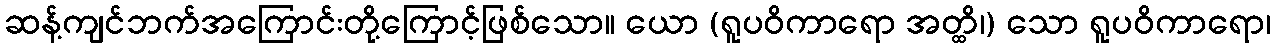
ဆန့်ကျင်ဘက်အကြောင်းတို့ကြောင့်ဖြစ်သော။ ယော (ရူပဝိကာရော အတ္ထိ၊) သော ရူပဝိကာရော၊